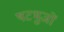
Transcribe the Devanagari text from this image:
षटभुजों